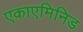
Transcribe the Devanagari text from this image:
एकाएमिनिड